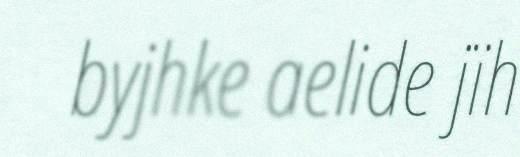
byjhke aelide jïh